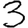
Digit: 3